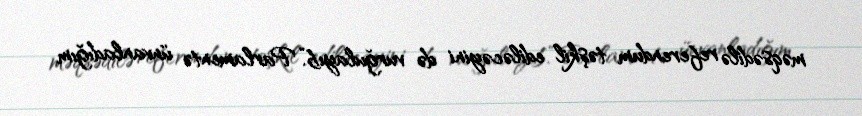
məqsədilə referendum təşkil ediləcəyini də vurğulayıb.“Parlamentə ünvanladığım